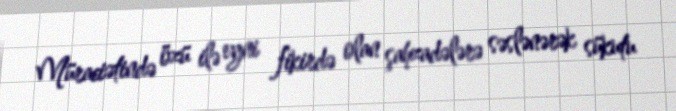
Müraciətində özü ilə eyni fikirdə olan şahzadələrə səslənərək sükutu